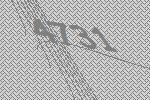
4731